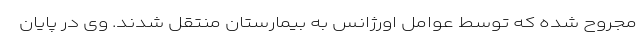
مجروح شده که توسط عوامل اورژانس به بیمارستان منتقل شدند. وی در پایان